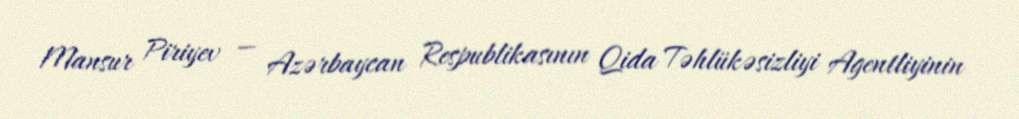
Mansur Piriyev — Azərbaycan Respublikasının Qida Təhlükəsizliyi Agentliyinin